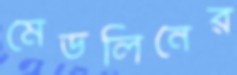
মেডলিনের